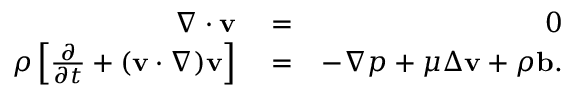
\begin{array} { r l r } { \nabla \cdot \mathbf { v } } & { { } = } & { 0 } \\ { \rho \left[ \frac { \partial \v } { \partial t } + ( \mathbf { v } \cdot \nabla ) \mathbf { v } \right] } & { { } = } & { - \nabla p + \mu \Delta \mathbf { v } + \rho \mathbf { b } . } \end{array}